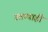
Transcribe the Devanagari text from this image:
उत्तप्पाही